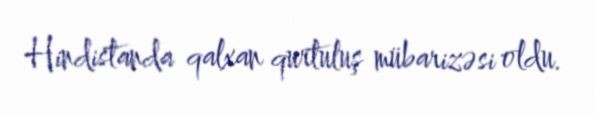
Hindistanda qalxan qurtuluş mübarizəsi oldu.